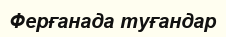
Ферғанада туғандар